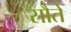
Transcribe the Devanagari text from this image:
सौते